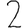
Digit: 2